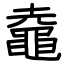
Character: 鼀